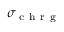
\sigma _ { \mathrm { ~ c ~ h ~ r ~ g ~ } }